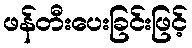
ဖန်တီးပေးခြင်းဖြင့်